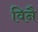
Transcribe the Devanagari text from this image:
विनै